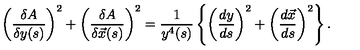
\left( \frac { \delta A } { \delta y ( s ) } \right) ^ { 2 } + \left( \frac { \delta A } { \delta \vec { x } ( s ) } \right) ^ { 2 } = \frac { 1 } { y ^ { 4 } ( s ) } \left\{ \left( \frac { d y } { d s } \right) ^ { 2 } + \left( \frac { d \vec { x } } { d s } \right) ^ { 2 } \right\} .